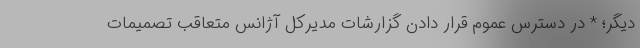
دیگر؛ * در دسترس عموم قرار دادن گزارشات مدیرکل آژانس متعاقب تصمیمات